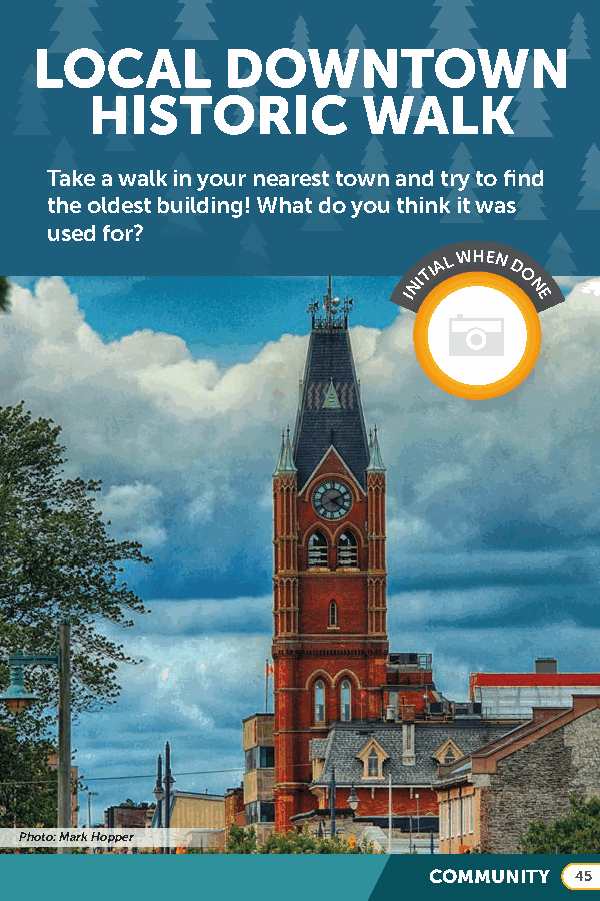
LOCAL        DOWNTOWN
 HISTORIC          WALK
 Take a walk in your nearest town and try to find
 the oldest building! What do you think it was
 used for?
 TIA L WHEN D
 INI    O
 N
 E
 Photo: Mark Hopper
 COMMUNITY 45